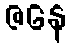
ဇနေ